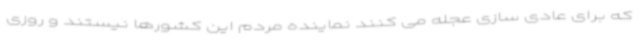
که برای عادی سازی عجله می کنند نماینده مردم این کشورها نیستند و روزی